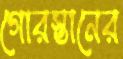
গোরস্তানের